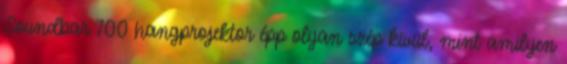
Soundbar 700 hangprojektor épp olyan szép kívül, mint amilyen